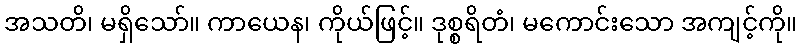
အသတိ၊ မရှိသော်။ ကာယေန၊ ကိုယ်ဖြင့်။ ဒုစ္စရိတံ၊ မကောင်းသော အကျင့်ကို။